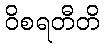
ဝိစရတီတိ